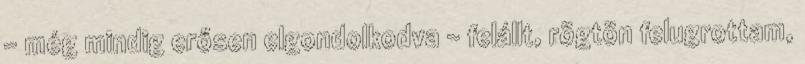
– még mindig erősen elgondolkodva – felállt, rögtön felugrottam,